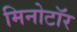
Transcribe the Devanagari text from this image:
मिनोटॉर